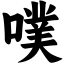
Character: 噗